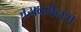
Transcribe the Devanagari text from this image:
जयवर्मन्‌श्